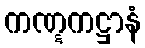
ကဏ္ဋကဋ္ဌာနံ